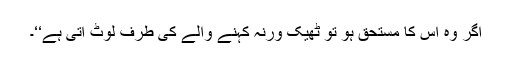
اگر وہ اس کا مستحق ہو تو ٹھیک ورنہ کہنے والے کی طرف لوٹ آتی ہے‘‘۔